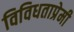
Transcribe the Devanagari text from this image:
विविधताप्रेमी